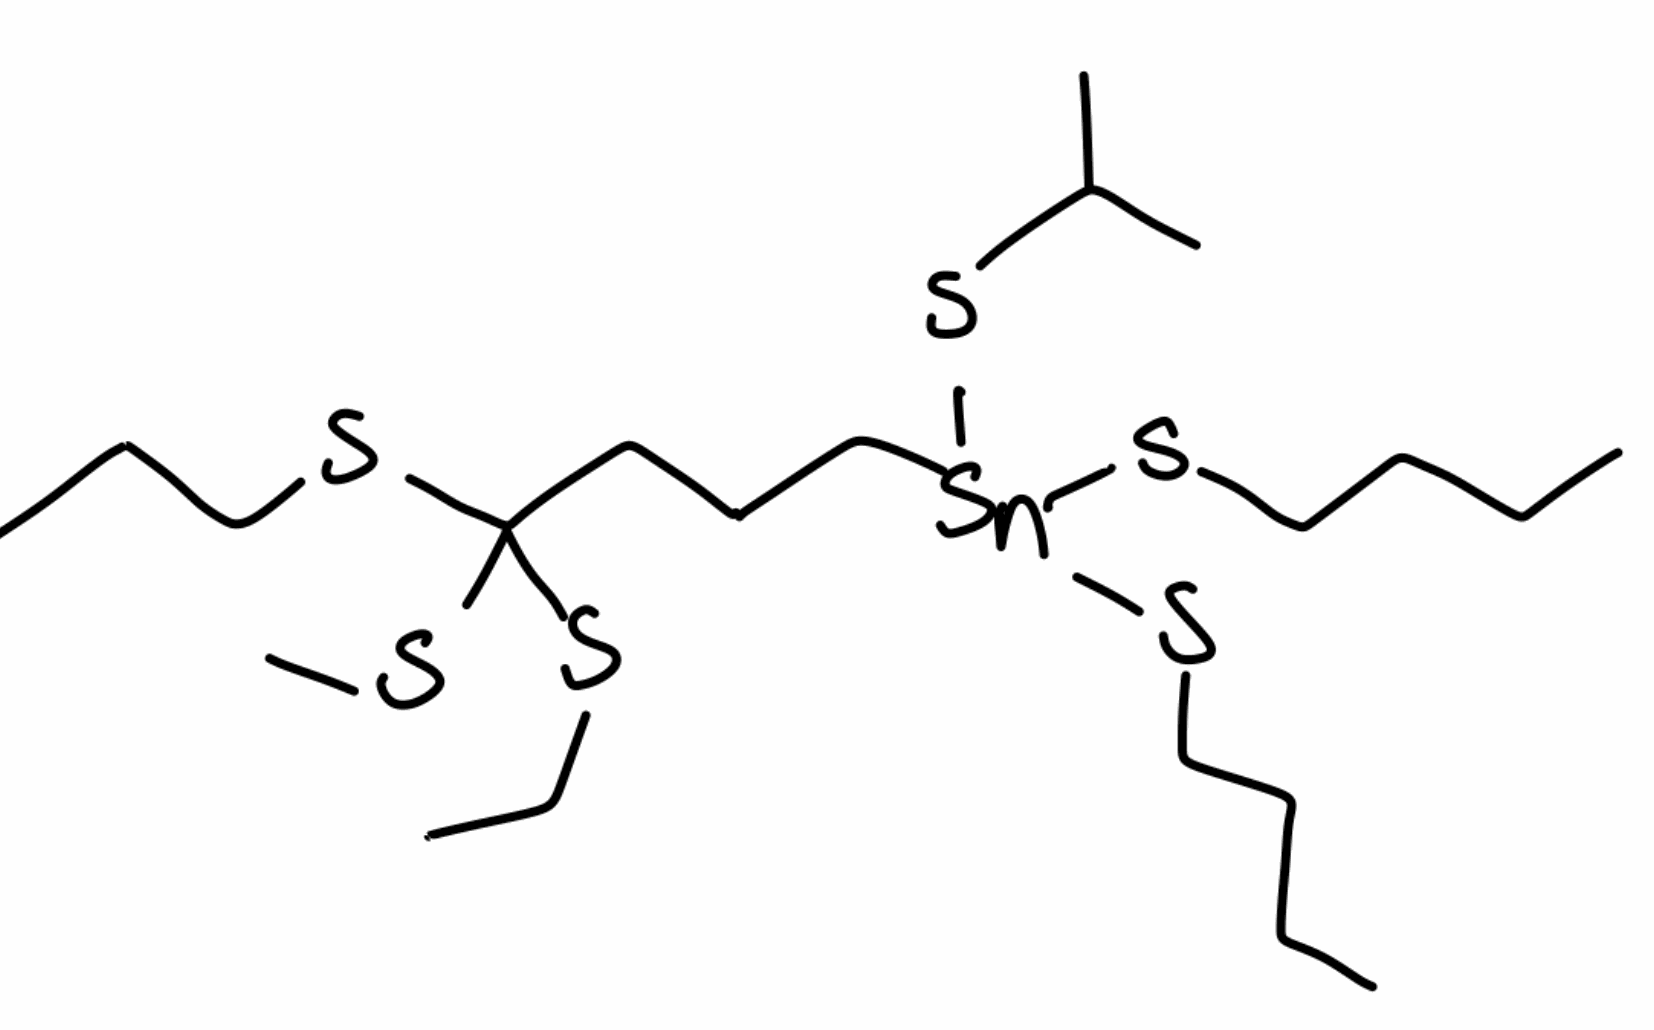
Simplified molecular-input line-entry system (SMILES) notation of the given molecule:
CCCCS[Sn](CCCC(SC)(SCC)SCCC)(SCCCC)SC(C)C